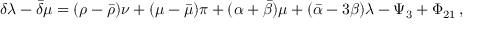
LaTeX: \delta \lambda - { \bar { \delta } } \mu = ( \rho - { \bar { \rho } } ) \nu + ( \mu - { \bar { \mu } } ) \pi + ( \alpha + { \bar { \beta } } ) \mu + ( { \bar { \alpha } } - 3 \beta ) \lambda - \Psi _ { 3 } + \Phi _ { 2 1 } \, ,